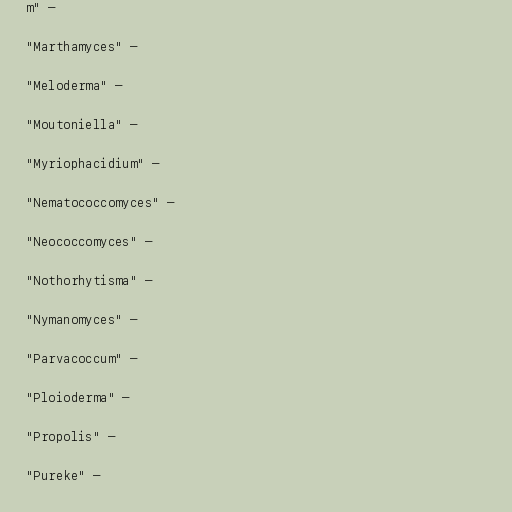
m" —

"Marthamyces" —

"Meloderma" —

"Moutoniella" —

"Myriophacidium" —

"Nematococcomyces" —

"Neococcomyces" —

"Nothorhytisma" —

"Nymanomyces" —

"Parvacoccum" —

"Ploioderma" —

"Propolis" —

"Pureke" —